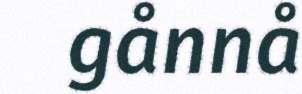
gånnå